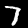
Label: 7